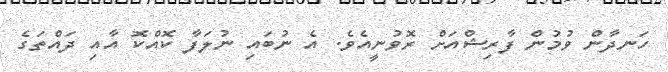
ހަނދާން ވުމުން ފާރިޝްއަށް ރޮވުނީއެވެ. އެ ނުބައި ނުލަފާ ކޮއްކޮ އާއި ދައްތަގެ